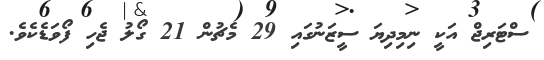
ސްޓަރިޖް އަކީ ނިމިދިޔަ ސީޒަނުގައި 29 މެޗުން 21 ގޯލު ޖެހި ފޯވަޑެކެވެ.